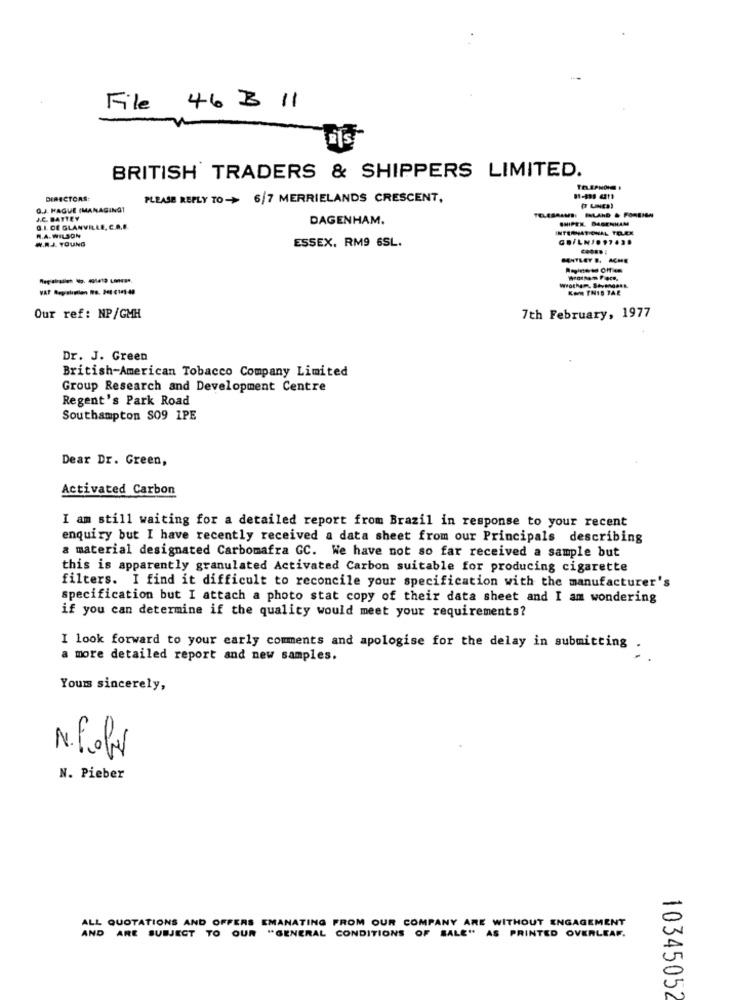
File 46 3 11
BRITISH TRADERS & SHIPPERS LIMITED.
DIRECTORS:
PLEASE REPLY TO -> 6/7 MERRIELANDS CRESCENT,
Q.J. HAGUE (MANAGING1
J.C BATTEY
DAGENHAM.
INLAND & FOREIGN
Q.I. Of GLANVILLE, C.A.F.
W.A. WILSON
INTERNATIONAL TELEX
W.R.J. YOUNG
ESSEX. RM9 6SL.
BENTLEY B. ACHE
Registe-se Office
KON THIS TAE
Our ref: NP/GMH
7th February, 1977
Dr. J. Green
British-American Tobacco Company Limited
Group Research and Development Centre
Regent's Park Road
Southampton S09 1PE
Dear Dr. Green,
Activated Carbon
I am still waiting for a detailed report from Brazil in response to your recent
enquiry but I have recently received a data sheet from our Principals describing
a material designated Carbomafra GC. We have not so far received a sample but
this is apparently granulated Activated Carbon suitable for producing cigarette
filters. I find it difficult to reconcile your specification with the manufacturer's
specification but I attach a photo stat copy of their data sheet and I am wondering
if you can determine if the quality would meet your requirements?
I look forward to your early comments and apologise for the delay in submitting
a more detailed report and new samples.
Yours sincerely,
N. F.obr
N. Pieber
ALL QUOTATIONS AND OFFERS EMANATING FROM OUR COMPANY ARE WITHOUT ENGAGEMENT
AND ARE SUBJECT TO OUR "GENERAL CONDITIONS OF SALE" AS PRINTED OVERLEAF.
10345052